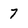
Character: 7